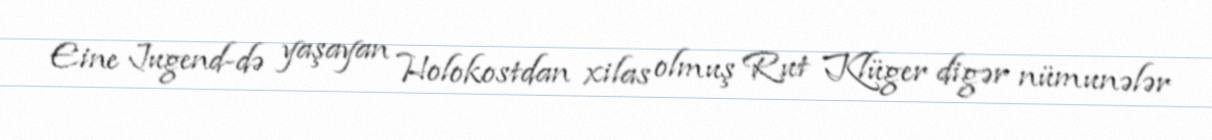
Eine Jugend-də yaşayan Holokostdan xilas olmuş Rut Klüger digər nümunələr